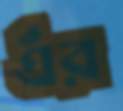
এঁর